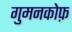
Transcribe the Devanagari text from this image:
गुमनकोफ़